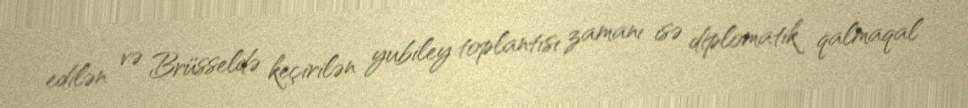
edilən və Brüsseldə keçirilən yubiley toplantısı zamanı isə diplomatik qalmaqal